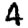
Digit: 4